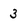
Character: 3